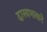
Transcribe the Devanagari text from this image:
दास्यभावाने